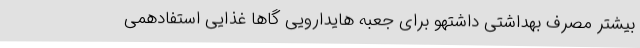
بیشتر مصرف بهداشتی داشتهو برای جعبه هایدارویی گاهاً غذایی استفادهمی